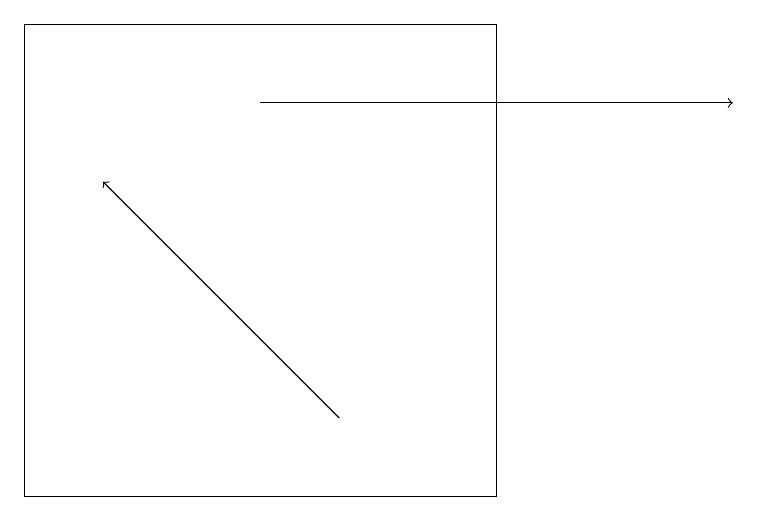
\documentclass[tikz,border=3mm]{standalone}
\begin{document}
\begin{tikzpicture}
\draw (0,12) rectangle (6,18);
\draw[->] (4,13) -- (1,16);
\draw[->] (3,17) -- (9,17);
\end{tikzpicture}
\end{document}